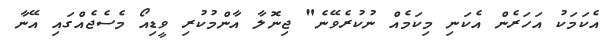
އެކަމަކު އަހަރެން އެކަނި މިކަމެއް ނުކުރެވޭނެ" ޖިނޮލާ އާންމުކުރި ވީޑިއޯ މެސެޖެއްގައި އޭނާ